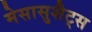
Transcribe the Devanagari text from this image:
मेसासुशैट्स